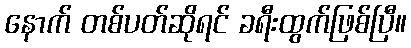
နောက် တစ်ပတ်ဆိုရင် ခရီးထွက်ဖြစ်ပြီ။